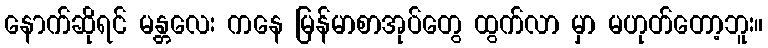
နောက်ဆိုရင် မန္တလေး ကနေ မြန်မာစာအုပ်တွေ ထွက်လာ မှာ မဟုတ်တော့ဘူး။